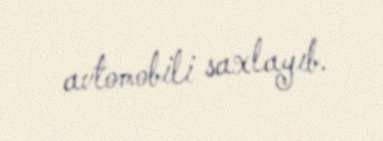
avtomobili saxlayıb.